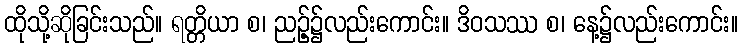
ထိုသို့ဆိုခြင်းသည်။ ရတ္တိယာ စ၊ ညဉ့်၌လည်းကောင်း။ ဒိဝသဿ စ၊ နေ့၌လည်းကောင်း။